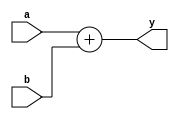
`timescale 1ns / 1ps
 
module adder(
input [7:0] a,b,
output [8:0] y
);
 
assign y = a + b;
 
endmodule